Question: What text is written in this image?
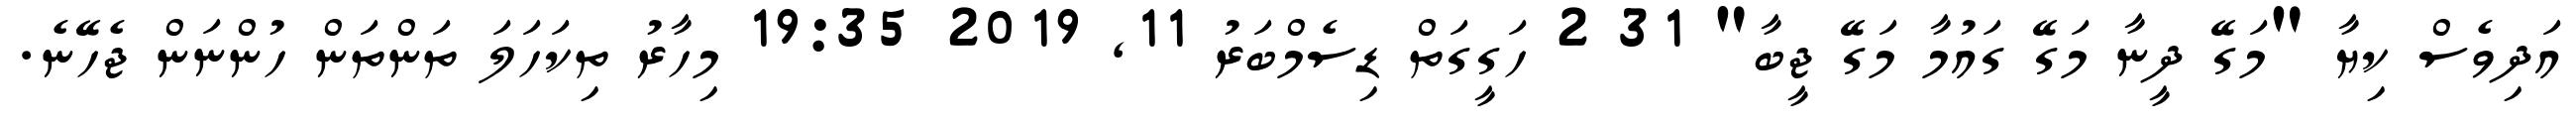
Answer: އަދިވެސް ކިޔާ "މަގޭ ދީނާ މަގޭ ގައުމާ މަގޭ ޖީބާ" 31 2 ހަގީގަތް ޑިސެމްބަރު 11, 2019 19:35 މިހާރު ތިކަހަލަ ތަންތަން ހުންނަން ޖެހޭނެ.